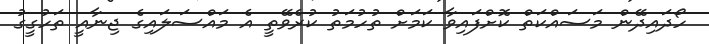
ހޯދައިދޭން މަސައްކަތް ކޮށްފައިވާ ކަމަށް ތުހުމަތު ކުރެވޭތީ އެ މައްސަލައިގެ ޖިނާއީ ތަހުގީގު